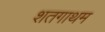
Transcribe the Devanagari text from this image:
शतगाथम